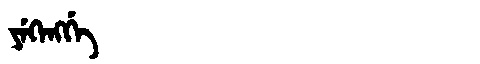
Manchu: ᠶᡝᡴᡝᠩᡤᡝ
Romanization: YEKENGGE